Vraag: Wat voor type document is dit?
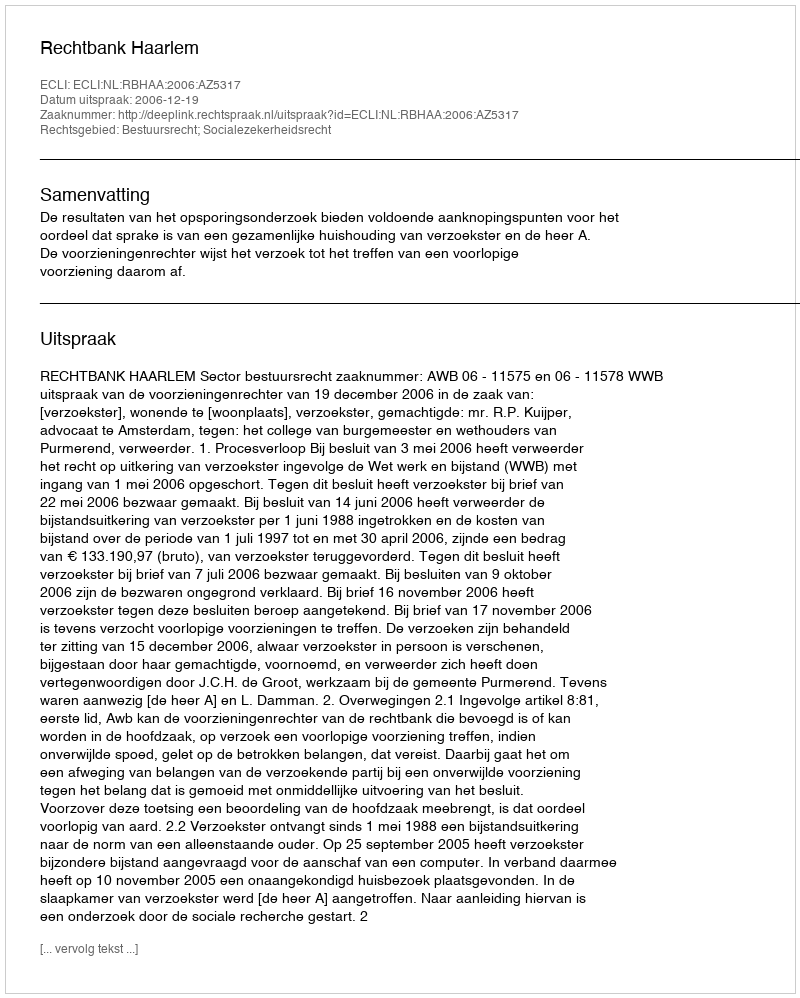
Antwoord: Uitspraak